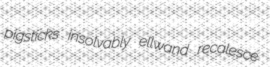
pigsticks insolvably ellwand recalesce